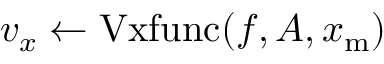
v _ { x } \gets \mathrm { V x f u n c } ( f , A , x _ { \mathrm { m } } )